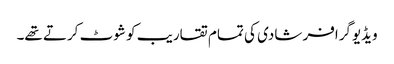
ویڈیوگرافر شادی کی تمام تقاریب کو شوٹ کرتے تھے۔